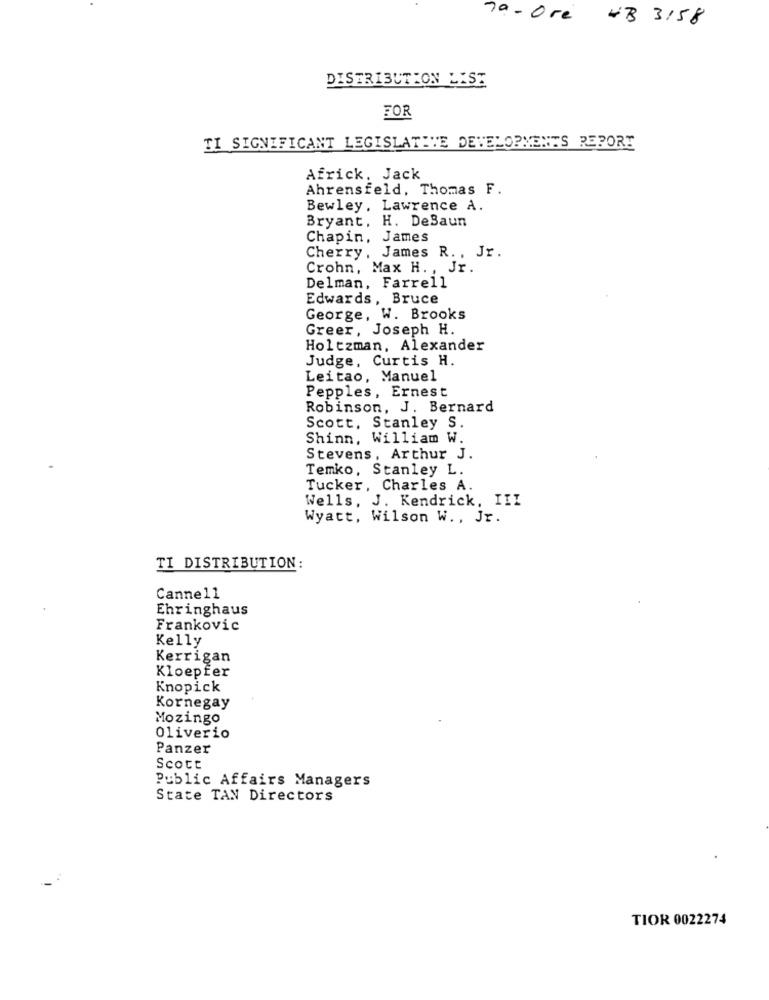
79-Ore WB 3158
DISTRIBUTION LIST
FOR
TI SIGNIFICANT LEGISLATIVE DEVELOPMENTS REPORT
Africk. Jack
Ahrensfeld, Thomas F.
Bewley, Lawrence A.
Bryant, H. DeSaun
Chapin, James
Cherry, James R. , Jr.
Crohn, Max H. , Jr.
Delman, Farrell
Edwards, Bruce
George, W. Brooks
Greer, Joseph H.
Holtzman, Alexander
Judge, Curtis H.
Leitao, Manuel
Pepples, Ernest
Robinson, J. Bernard
Scott, Stanley S.
Shinn, William W.
Stevens, Arthur J.
Temko, Stanley L.
Tucker, Charles A.
Wells, J. Kendrick, III
Wyatt, Wilson W. , Jr.
TI DISTRIBUTION:
Canne11
Ehringhaus
Frankovic
Kelly
Kerrigan
Kloepfer
Knopick
Kornegay
Mozingo
Oliverio
Panzer
Scott
Public Affairs Managers
State TAN Directors
TIOR 0022274